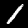
Label: 1